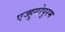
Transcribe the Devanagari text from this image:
एज्हुगोपुरम